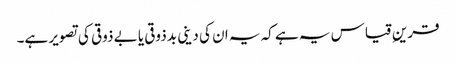
قرینِ قیاس یہ ہے کہ یہ ان کی دینی بدذوقی یا بے ذوقی کی تصویر ہے۔